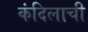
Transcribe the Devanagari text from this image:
कंदिलाची